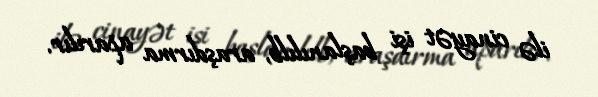
ilə cinayət işi başlanılılb, araşdırma aparılır.